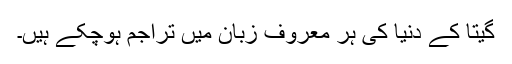
گیتا کے دنیا کی ہر معروف زبان میں تراجم ہوچکے ہیں۔